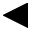
\blacktriangleleft